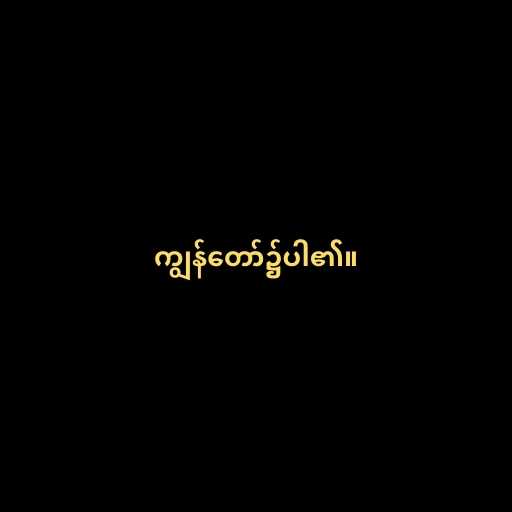
ကျွန်တော်၌ပါ၏။